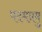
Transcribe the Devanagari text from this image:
पदमप्रमु